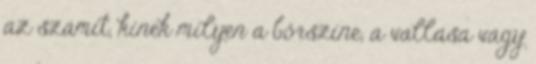
az számít, kinek milyen a bőrszíne, a vallása vagy